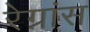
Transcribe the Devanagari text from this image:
रेग्नांस